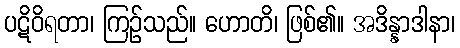
ပဋိဝိရတာ၊ ကြဉ်သည်။ ဟောတိ၊ ဖြစ်၏။ အဒိန္နာဒါနာ၊